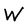
Character: W